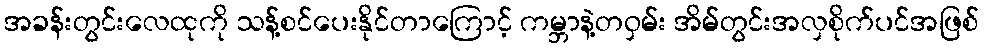
အခန်းတွင်းလေထုကို သန့်စင်ပေးနိုင်တာကြောင့် ကမ္ဘာနဲ့တဝှမ်း အိမ်တွင်းအလှစိုက်ပင်အဖြစ်